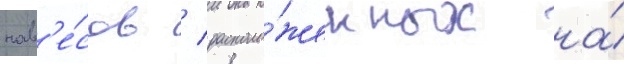
нав'е́сов / располо́женных на́